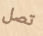
تصل